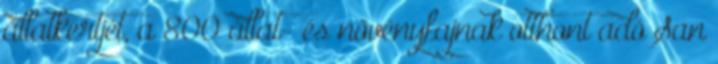
állatkertjét, a 800 állat- és növényfajnak otthont adó San